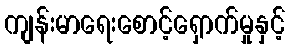
ကျန်းမာရေးစောင့်ရှောက်မှုနှင့်